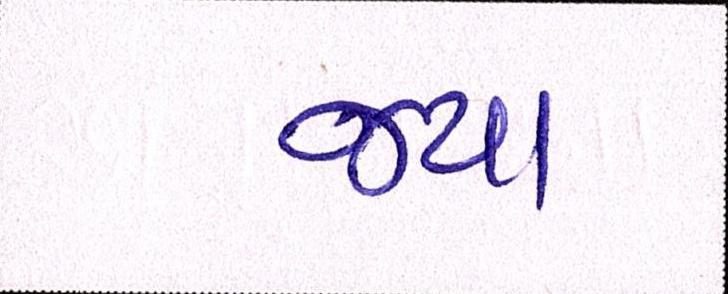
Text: જયા